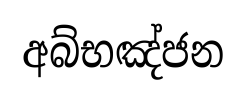
අබ්භඤ්ජන